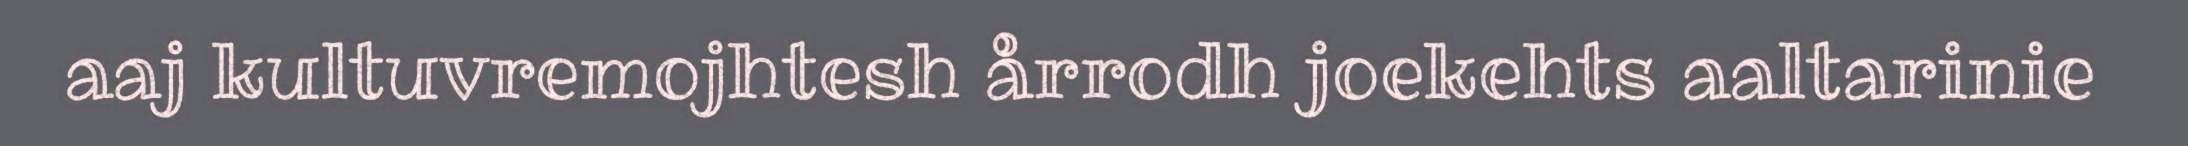
aaj kultuvremojhtesh årrodh joekehts aaltarinie